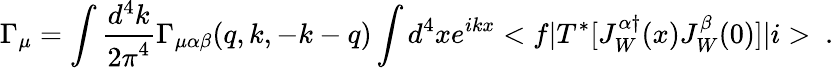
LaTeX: \Gamma_{\mu}=\int\frac{d^{4}k}{{2\pi}^{4}}\Gamma_{\mu\alpha\beta}(q,k,-k-q)\int d^{4}xe^{ikx}<f|T^{*}[J_{W}^{\alpha\dagger}(x)J_{W}^{\beta}(0)]|i>~.